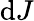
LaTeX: \mathrm{d}J